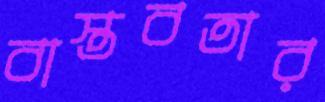
বাস্তবতার